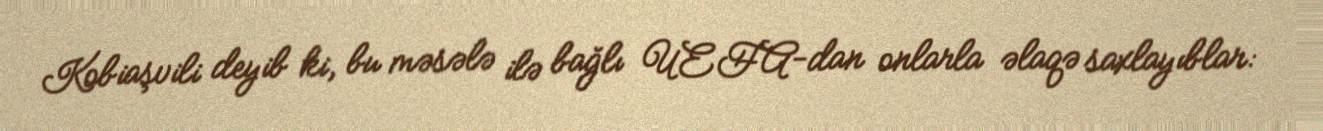
Kobiaşvili deyib ki, bu məsələ ilə bağlı UEFA-dan onlarla əlaqə saxlayıblar: